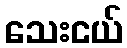
သေးငယ်